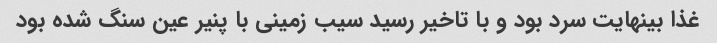
غذا بینهایت سرد بود و با تاخیر رسید سیب زمینی با پنیر عین سنگ شده بود